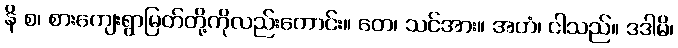
နိ စ၊ စားကျေးရွာမြတ်တို့ကိုလည်းကောင်း။ တေ၊ သင်အား။ အဟံ၊ ငါသည်။ ဒဒါမိ၊